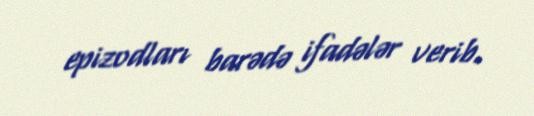
epizodları barədə ifadələr verib.